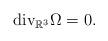
LaTeX: \begin{align*}\textrm{div}_{\mathbb{R}^{3}}\Omega=0.\end{align*}